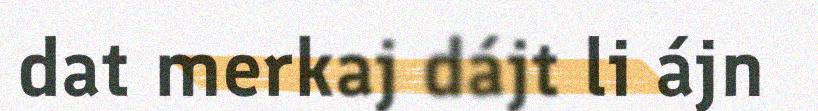
dat merkaj dájt li ájn